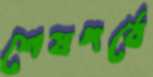
শেষপর্বে